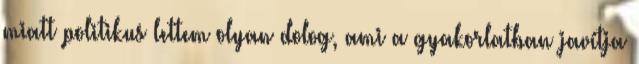
miatt politikus lettem olyan dolog, ami a gyakorlatban javítja